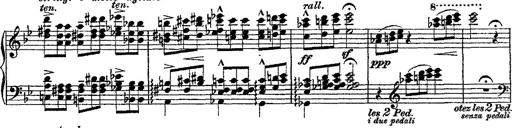
Title: Fantaisie romantique sur deux mÃ©lodies suisses
Composer: Franz Liszt